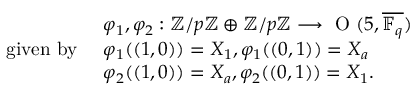
\begin{array} { r l } & { \varphi _ { 1 } , \varphi _ { 2 } : \ensuremath { \mathbb { Z } } / p \ensuremath { \mathbb { Z } } \oplus \ensuremath { \mathbb { Z } } / p \ensuremath { \mathbb { Z } } \longrightarrow \textup { O } ( 5 , \overline { { \mathbb { F } _ { q } } } ) } \\ { \mathrm { g i v e n ~ b y ~ } } & { \varphi _ { 1 } ( ( 1 , 0 ) ) = X _ { 1 } , \varphi _ { 1 } ( ( 0 , 1 ) ) = X _ { a } } \\ & { \varphi _ { 2 } ( ( 1 , 0 ) ) = X _ { a } , \varphi _ { 2 } ( ( 0 , 1 ) ) = X _ { 1 } . } \end{array}